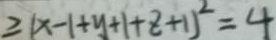
\geq ( x - 1 + y + 1 + z + 1 ) ^ { 2 } = 4